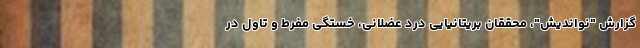
گزارش "نواندیش"، محققان بریتانیایی درد عضلانی، خستگی مفرط و تاول در